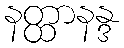
နတ္ထာနန္ဒ